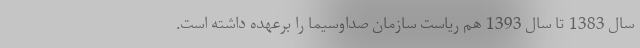
سال 1383 تا سال 1393 هم ریاست سازمان صداوسیما را برعهده داشته است.